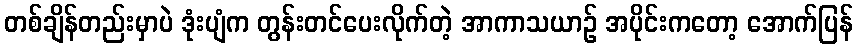
တစ်ချိန်တည်းမှာပဲ ဒုံးပျံက တွန်းတင်ပေးလိုက်တဲ့ အာကာသယာဉ် အပိုင်းကတော့ အောက်ပြန်